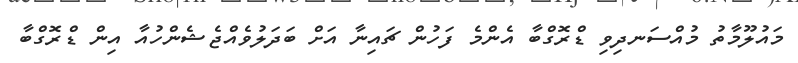
މައުލޫމާތު މުއްސަނދިވި ޑްރޮގްބާ އެންމެ ފަހުން ޗައިނާ އަށް ބަދަލުވެއްޖެޝެންހުއާ އިން ޑްރޮގްބާ